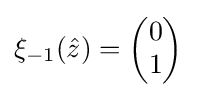
\xi _{-1}({\hat {z}})={\begin{pmatrix}0\\1\end{pmatrix}}